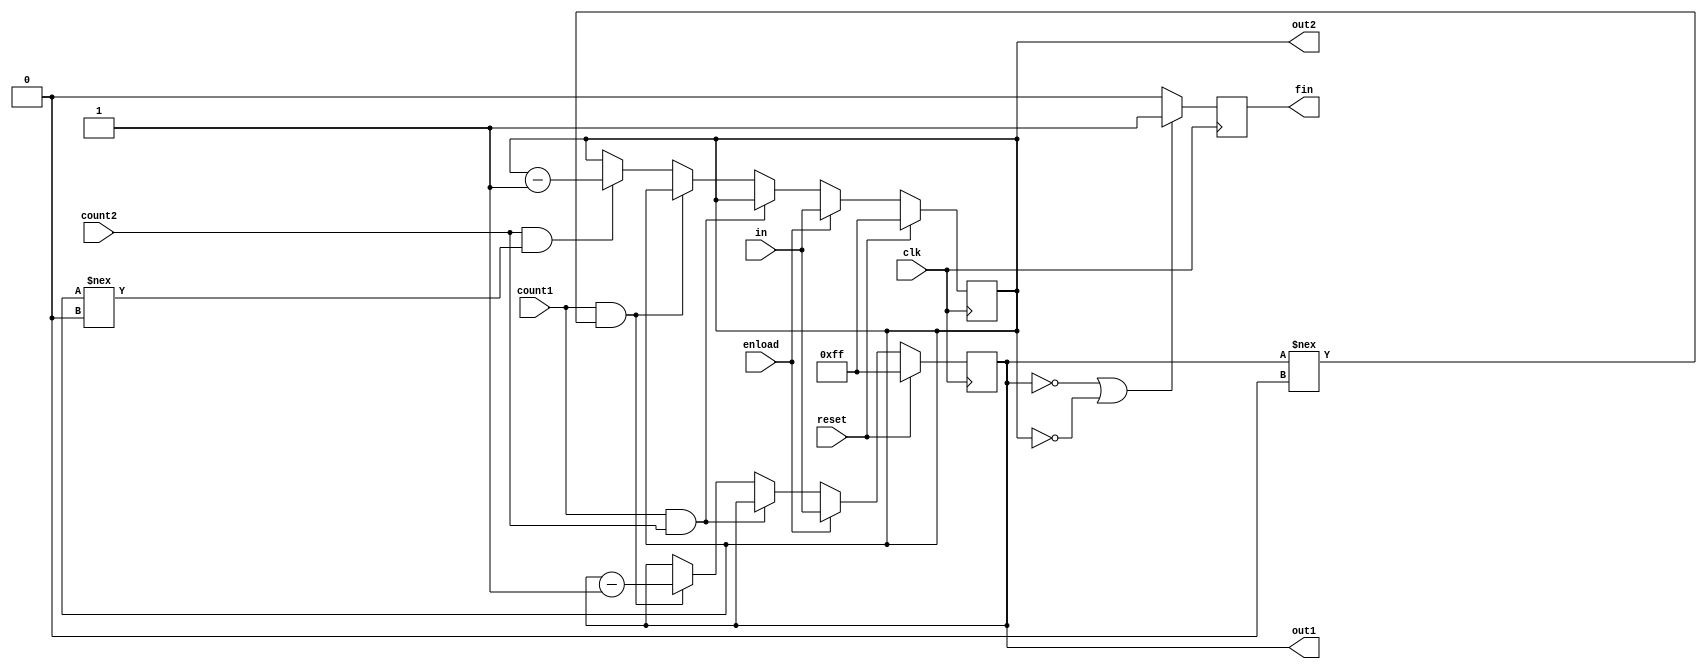
module Chess(
input enload, reset,count1,count2, clk,
input [7:0] in,
output  reg fin,
output  reg [7:0] out1, out2
);
reg [7:0] outb1, outb2;
reg en1, en2;


	always @(posedge clk)
	begin
		if (reset)
			begin
				out1<=8'b11111111;
				out2<=8'b11111111;
			end
		else if (enload)
			begin
				out1<=in;
				out2<=in;
			end
		else if (count1 && count2)
			begin	
				out1<=out1;
				out2<=out2;
			end
		else if (count1 && out1!==0) out1<=out1-1;
		else if (count2 && out2!==0) out2<=out2-1;
			
	end
	
	
	always @(posedge clk)
		begin
			if (out1==0 || out2==0) fin<=1;
			else fin<=0;
		end
		
endmodule